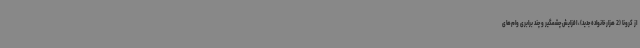
از کرونا (2 هزار خانواده جدید)، افزایش چشمگیر و چند برابری وام‌های